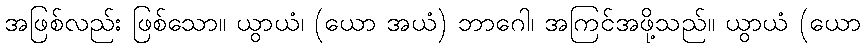
အဖြစ်လည်း ဖြစ်သော။ ယွာယံ၊ (ယော အယံ) ဘာဂေါ၊ အကြင်အဖို့သည်။ ယွာယံ (ယော